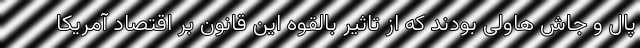
پال و جاش هاولی بودند که از تاثیر بالقوه این قانون بر اقتصاد آمریکا